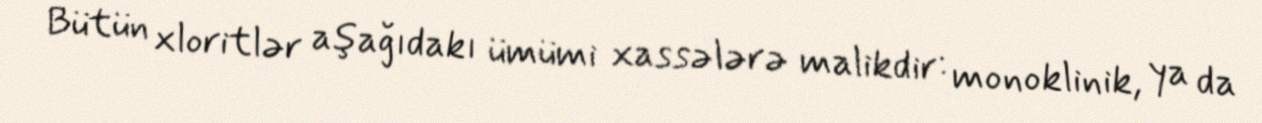
Bütün xloritlər aşağıdakı ümümi xassələrə malikdir: monoklinik, ya da